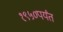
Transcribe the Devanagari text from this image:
१९५०पर्यंत